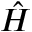
\hat { H }